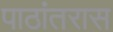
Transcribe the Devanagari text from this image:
पाठांतरास